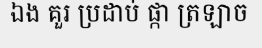
ឯង គួរ ប្រដាប់ ផ្កា ត្រឡាច